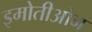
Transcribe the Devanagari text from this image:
इमोतीओन